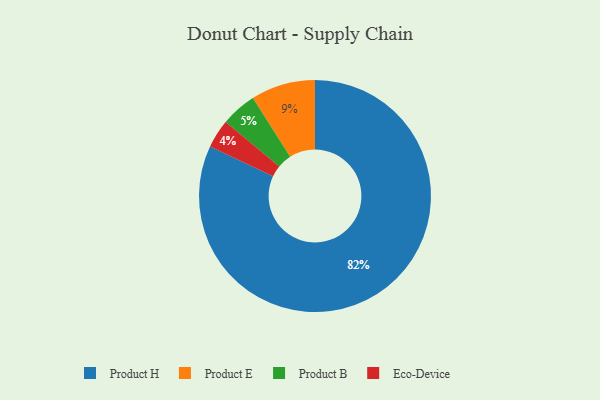
{"axis": {"x": "Category", "y": "Percentage"}, "legend": ["Eco-Device", "Product B", "Product E", "Product H"], "data": [{"x": "Product E", "y": 9, "type": "Product E"}, {"x": "Product B", "y": 5, "type": "Product B"}, {"x": "Eco-Device", "y": 4, "type": "Eco-Device"}, {"x": "Product H", "y": 82, "type": "Product H"}]}